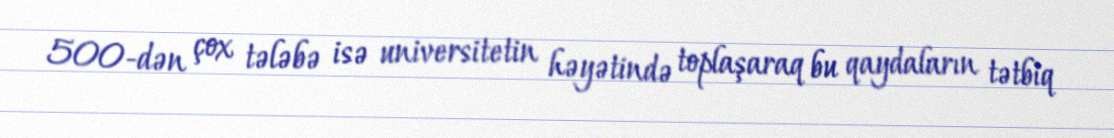
500-dən çox tələbə isə universitetin həyətində toplaşaraq bu qaydaların tətbiq